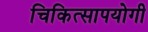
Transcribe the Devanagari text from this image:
चिकित्सापयोगी